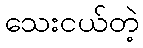
သေးငယ်တဲ့